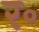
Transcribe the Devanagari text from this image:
र॰